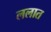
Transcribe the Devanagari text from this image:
ललात